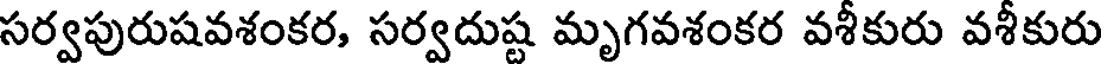
సర్వపురుషవశంకర, సర్వదుష్ట మృగవశంకర వశీకురు వశీకురు